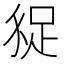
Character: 𧿗